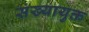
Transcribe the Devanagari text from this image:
संख्यायुक्त